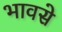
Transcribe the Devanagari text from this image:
भावसे